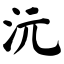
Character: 沅